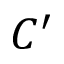
C ^ { \prime }